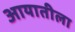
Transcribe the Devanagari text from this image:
आयातीला